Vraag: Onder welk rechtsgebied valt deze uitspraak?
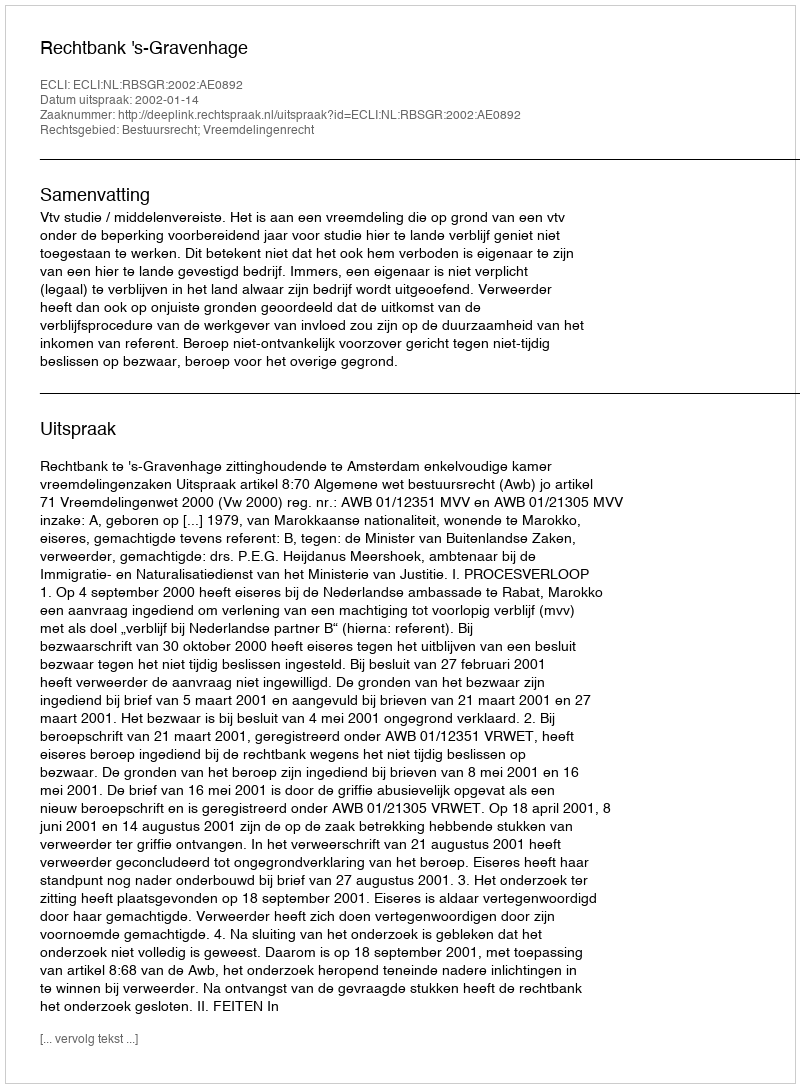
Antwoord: Bestuursrecht; Vreemdelingenrecht